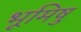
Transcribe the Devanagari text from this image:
भूमिषु